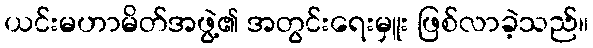
ယင်းမဟာမိတ်အဖွဲ့၏ အတွင်းရေးမှူး ဖြစ်လာခဲ့သည်။